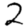
Digit: 2